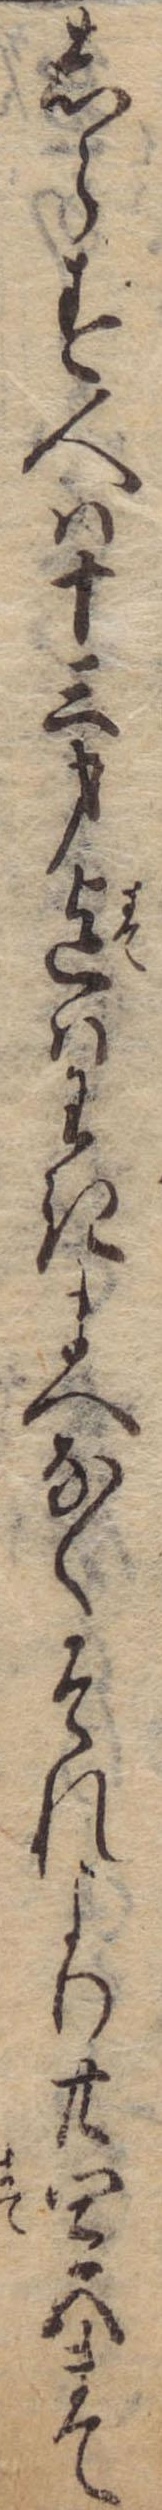
しらず人は十三才迄はわきまへなくそれより廿四五まて